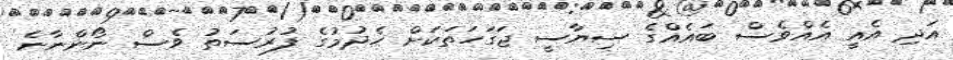
އަދި އެއީ އެއްވެސް ބައެއްގެ ސިޔާސީ ޖަގަހަތަކަށް ހެދުމުގެ ފުރުސަތު ވެސް ނޯންނާނެ